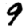
Digit: 9